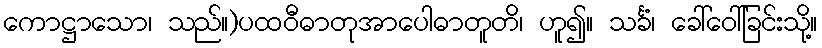
ကောဋ္ဌာသော၊ သည်။)ပထဝီဓာတုအာပေါဓာတူတိ၊ ဟူ၍။ သင်္ခံ၊ ခေါ်ဝေါ်ခြင်းသို့။